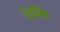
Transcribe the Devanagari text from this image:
हेइक्कि